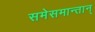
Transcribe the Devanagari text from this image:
समेसमान्तान्